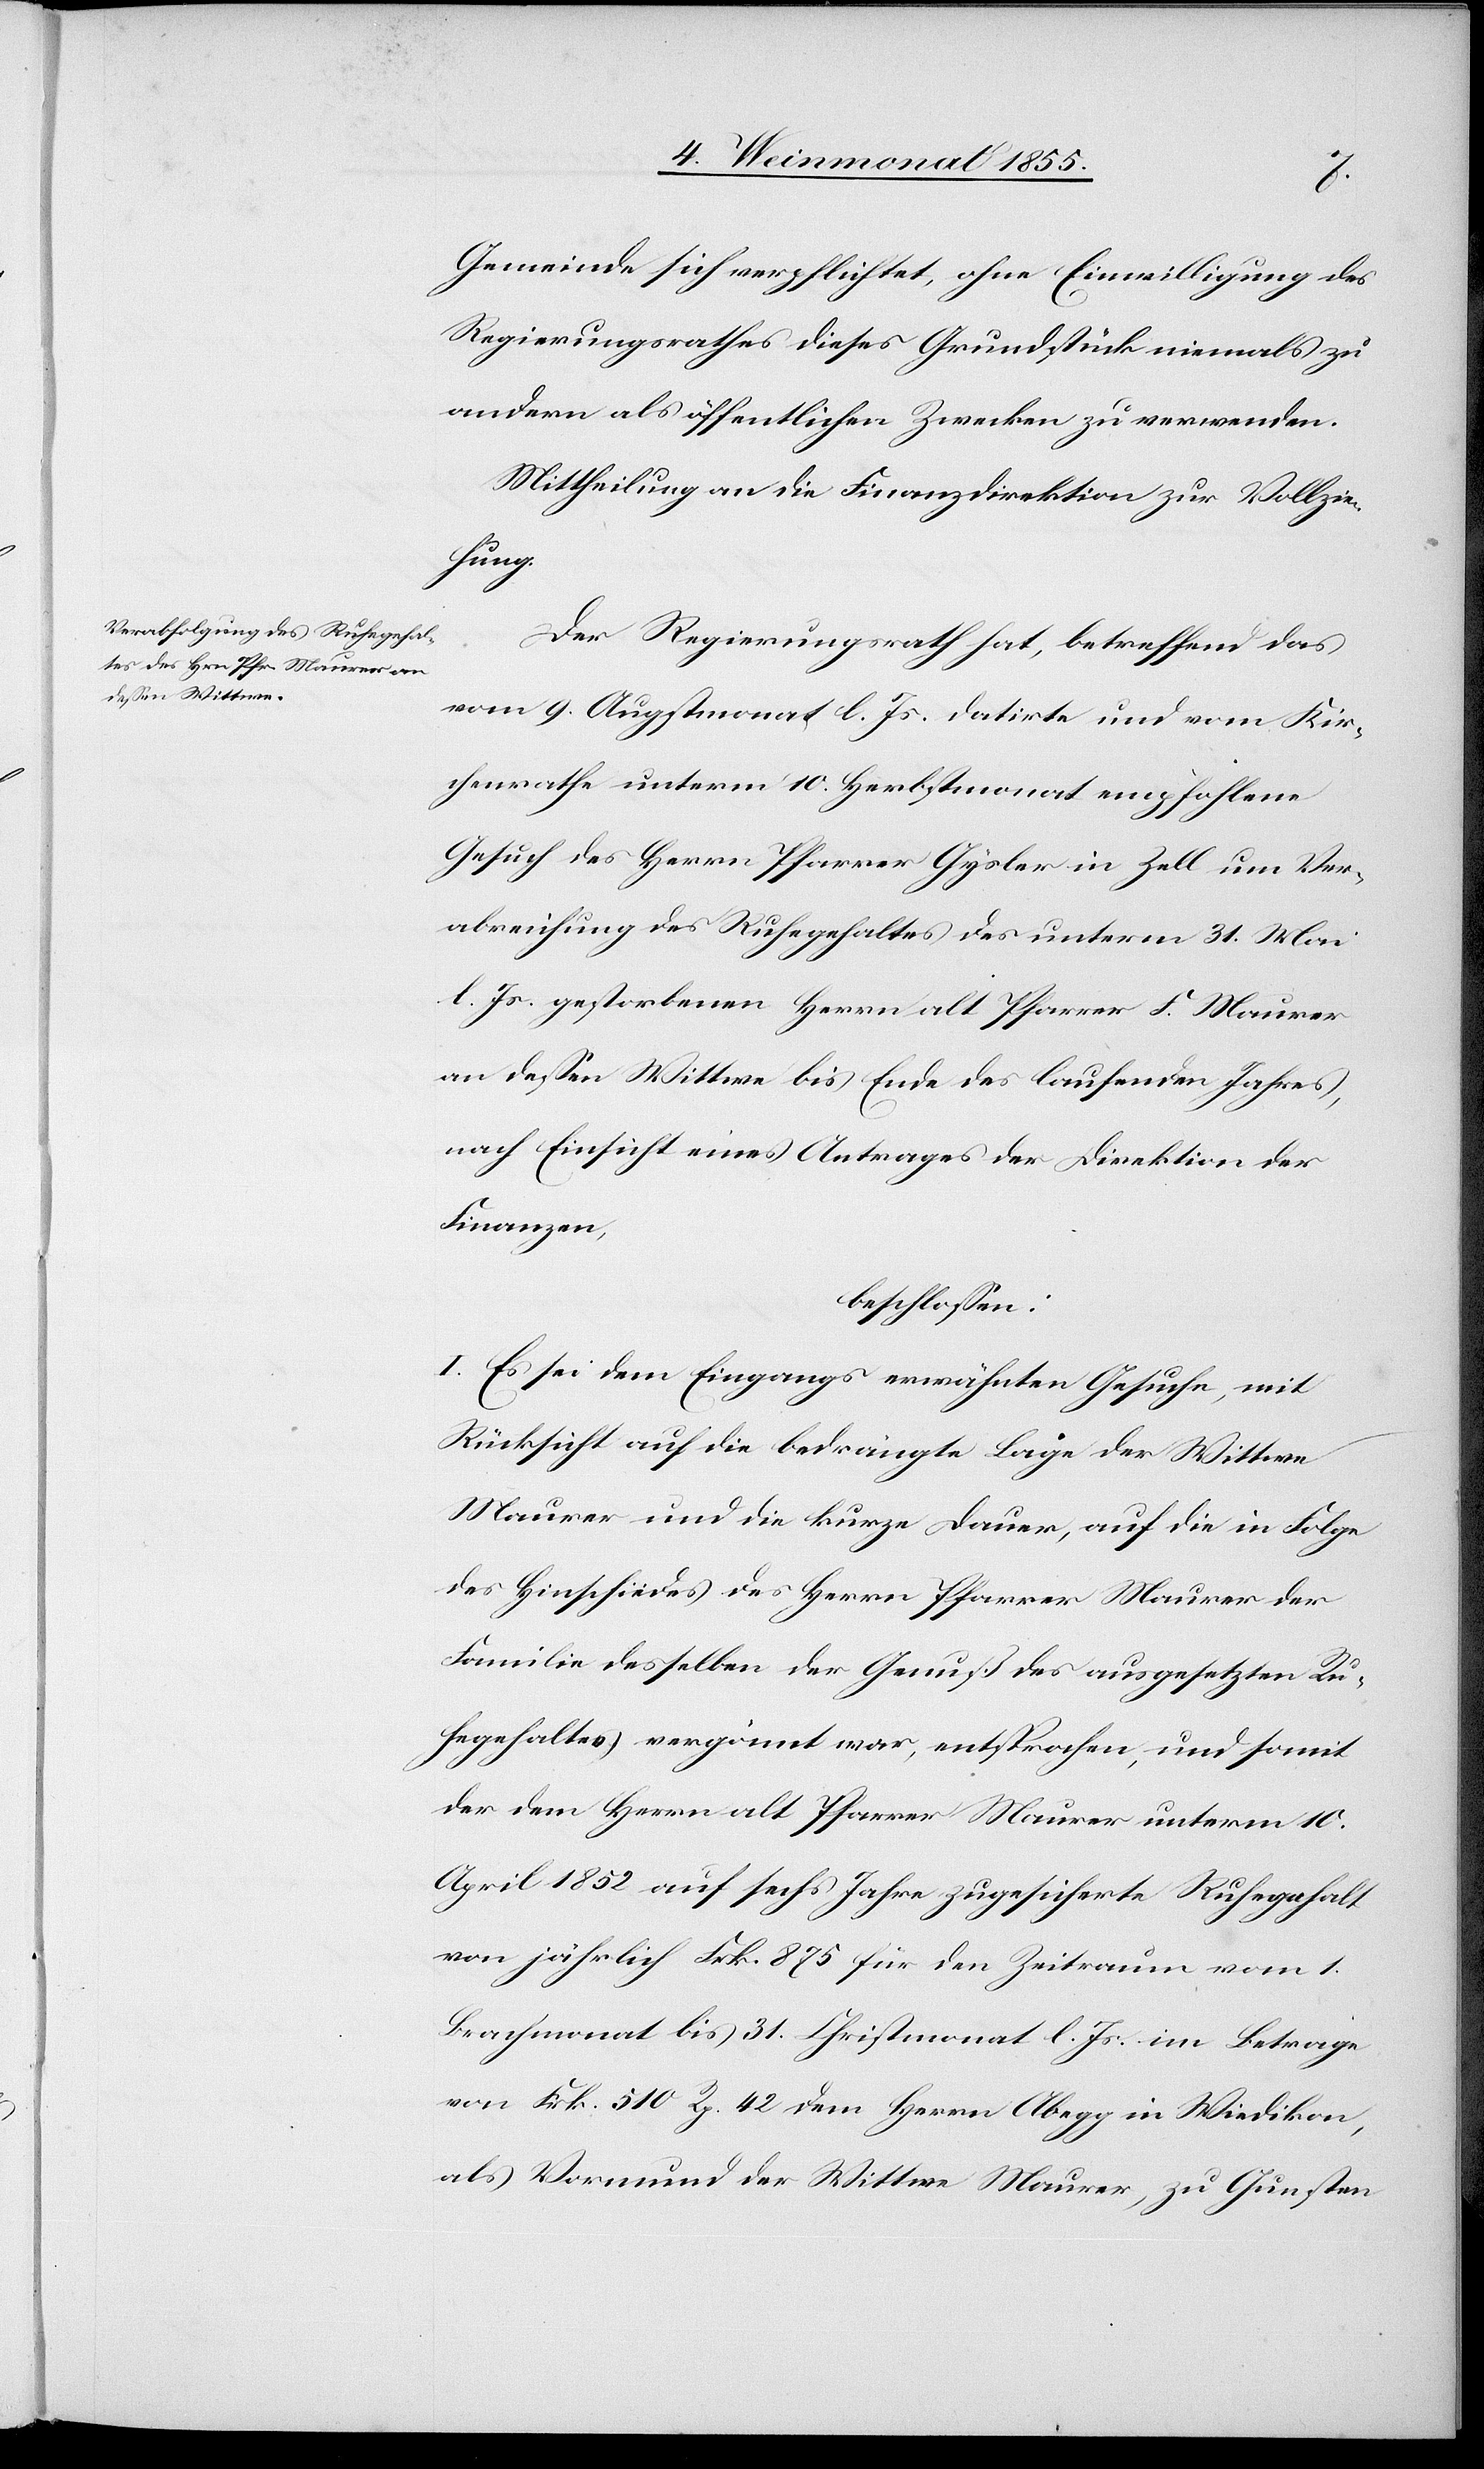
Gemeinde sich verpflichtet, ohne Einwilligung des
Regierungsrathes dieses Grundstück niemals zu
andern als öffentlichen Zwecken zu verwenden.
Mittheilung an die Finanzdirektion zur Vollzie¬
hung.
Der Regierungsrath hat, betreffend das
vom 9. Augstmonat l. Js. datirte und vom Kir¬
chenrathe unterm 10. Herbstmonat empfohlene
Gesuch des Herrn Pfarrer Gysler in Zell um Ver¬
abreichung des Ruhegehaltes des unterm 31. Mai
l. Js. gestorbenen Herrn alt Pfarrer F. Maurer
an dessen Wittwe bis Ende des laufenden Jahres,
nach Einsicht eines Antrages der Direktion der
Finanzen,
beschlossen:
I. Es sei dem Eingangs erwähnten Gesuche, mit
Rücksicht auf die bedrängte Lage der Wittwe
Maurer und die kurze Dauer, auf die in Folge
des Hinschiedes des Herrn Pfarrer Maurer der
Familie desselben der Genuß des ausgesetzten Ru¬
hegehaltes vergönnt war, entsprochen, und somit
der dem Herrn alt Pfarrer Maurer unterm 10.
April 1852 auf sechs Jahre zugesicherte Ruhegehalt
von jährlich Frk. 875 für den Zeitraum vom 1.
Brachmonat bis 31. Christmonat l. Js. im Betrage
von Frk. 510 Rp. 42 dem Herrn Abegg in Wiedikon,
als Vormund der Wittwe Maurer, zu Gunsten